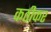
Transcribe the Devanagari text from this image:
कठीकर